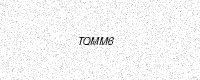
Text: TQMM6